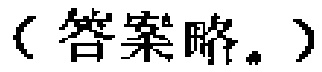
（答案略。）